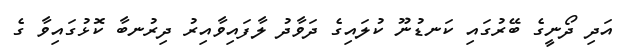
އަދި ދޯނީގެ ބޭރުގައި ކަނޑުނޫ ކުލައިގެ ދަވާދު ލާފައިވާއިރު ދިރުނބާ ކޮޅުގައިވާ ގެ